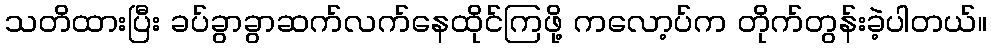
သတိထားပြီး ခပ်ခွာခွာဆက်လက်နေထိုင်ကြဖို့ ကလော့ပ်က တိုက်တွန်းခဲ့ပါတယ်။